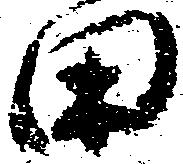
田